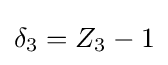
\delta _{3}=Z_{3}-1